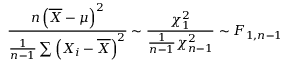
{ \frac { n \left( { \overline { { X } } } - \mu \right) ^ { 2 } } { { \frac { 1 } { n - 1 } } \sum \left( X _ { i } - { \overline { { X } } } \right) ^ { 2 } } } \sim { \frac { \chi _ { 1 } ^ { 2 } } { { \frac { 1 } { n - 1 } } \chi _ { n - 1 } ^ { 2 } } } \sim F _ { 1 , n - 1 }